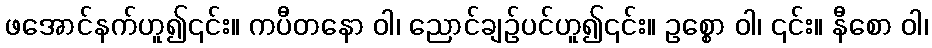
ဖအောင်နက်ဟူ၍၎င်း။ ကပီတနော ဝါ၊ ညောင်ချဉ်ပင်ဟူ၍၎င်း။ ဥစ္စော ဝါ၊ ၎င်း။ နီစော ဝါ၊